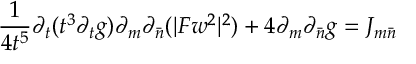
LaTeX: \frac { 1 } { 4 t ^ { 5 } } \partial _ { t } ( t ^ { 3 } \partial _ { t } g ) \partial _ { m } \partial _ { \bar { n } } ( | F w ^ { 2 } | ^ { 2 } ) + 4 \partial _ { m } \partial _ { \bar { n } } g = J _ { m \bar { n } }